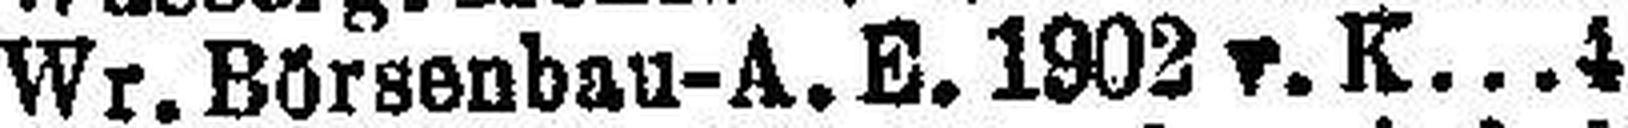
Wr. Börsenbau-A. E. 1902 v. K 4